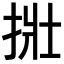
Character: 𪭿